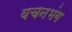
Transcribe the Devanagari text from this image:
वचनभंग